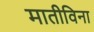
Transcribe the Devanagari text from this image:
मातीविना